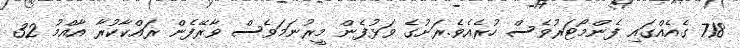
718 ގެއެއްގައި ފެންމޯޓަރުވެސް ހުރެއެވެ.ރަށުގެ ވަޅުފެން މީރުނަމަވެސް ވާރޭފެން ރައްކާކުރާ އާއްމު 32